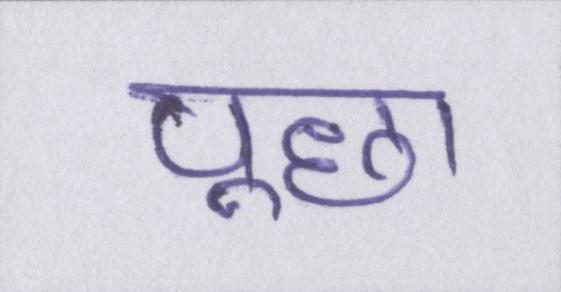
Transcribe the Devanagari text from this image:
पूछा